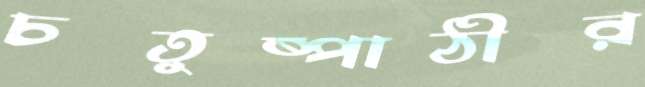
চতুষ্পাঠীর